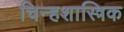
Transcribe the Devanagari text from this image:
चिन्हशास्त्रिक